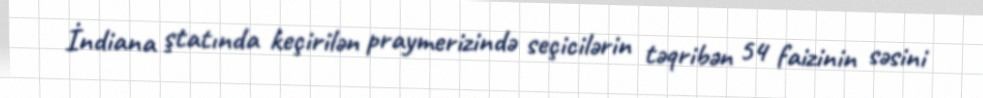
İndiana ştatında keçirilən praymerizində seçicilərin təqribən 54 faizinin səsini